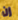
إن